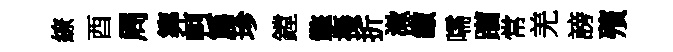
繚酉周筭軻篇珍鏜擎摄折漱繳嚅躪常羌謗殯